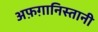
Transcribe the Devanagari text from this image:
अफ़ग़ानिस्तानी